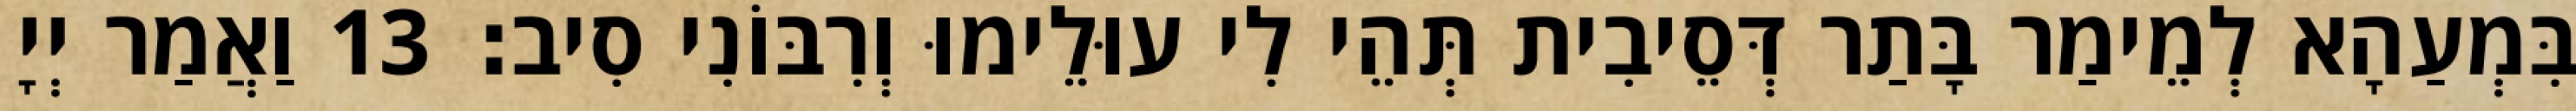
בִּמְעַהָא לְמֵימַר בָּתַר דְּסֵיבִית תְּהֵי לִי עוּלֵימוּ וְרִבּוֹנִי סִיב׃ 13 וַאֲמַר יְיָ